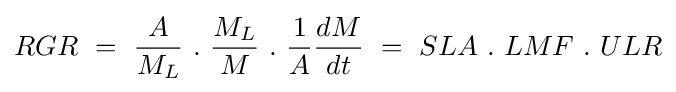
RGR\ =\ {\frac {A}{M_{L}}}\ .\ {\frac {M_{L}}{M}}\ .\ {\frac {1}{A}}{\frac {dM}{dt}}\ =\ SLA\ .\ LMF\ .\ ULR